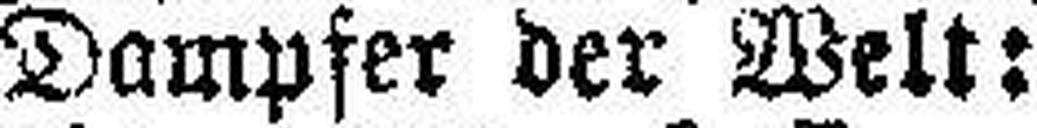
Dampfer der Welt: